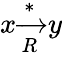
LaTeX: x{\xrightarrow[{R}]{*}}y